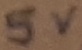
Text: 5V